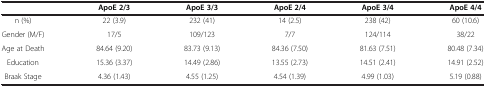
<table><thead><tr><td><b> </b></td><td><b>ApoE 2/3</b></td><td><b>ApoE 3/3</b></td><td><b>ApoE 2/4</b></td><td><b>ApoE 3/4</b></td><td><b>ApoE 4/4</b></td></tr></thead><tbody><tr><td>n (%)</td><td>22 (3.9)</td><td>232 (41)</td><td>14 (2.5)</td><td>238 (42)</td><td>60 (10.6)</td></tr><tr><td>Gender (M/F)</td><td>17/5</td><td>109/123</td><td>7/7</td><td>124/114</td><td>38/22</td></tr><tr><td>Age at Death</td><td>84.64 (9.20)</td><td>83.73 (9.13)</td><td>84.36 (7.50)</td><td>81.63 (7.51)</td><td>80.48 (7.34)</td></tr><tr><td>Education</td><td>15.36 (3.37)</td><td>14.49 (2.86)</td><td>13.55 (2.73)</td><td>14.51 (2.41)</td><td>14.91 (2.52)</td></tr><tr><td>Braak Stage</td><td>4.36 (1.43)</td><td>4.55 (1.25)</td><td>4.54 (1.39)</td><td>4.99 (1.03)</td><td>5.19 (0.88)</td></tr></tbody></table>